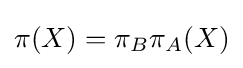
\pi (X)=\pi _{B}\pi _{A}(X)